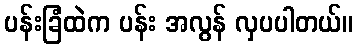
ပန်းခြံထဲက ပန်း အလွန် လှပပါတယ်။